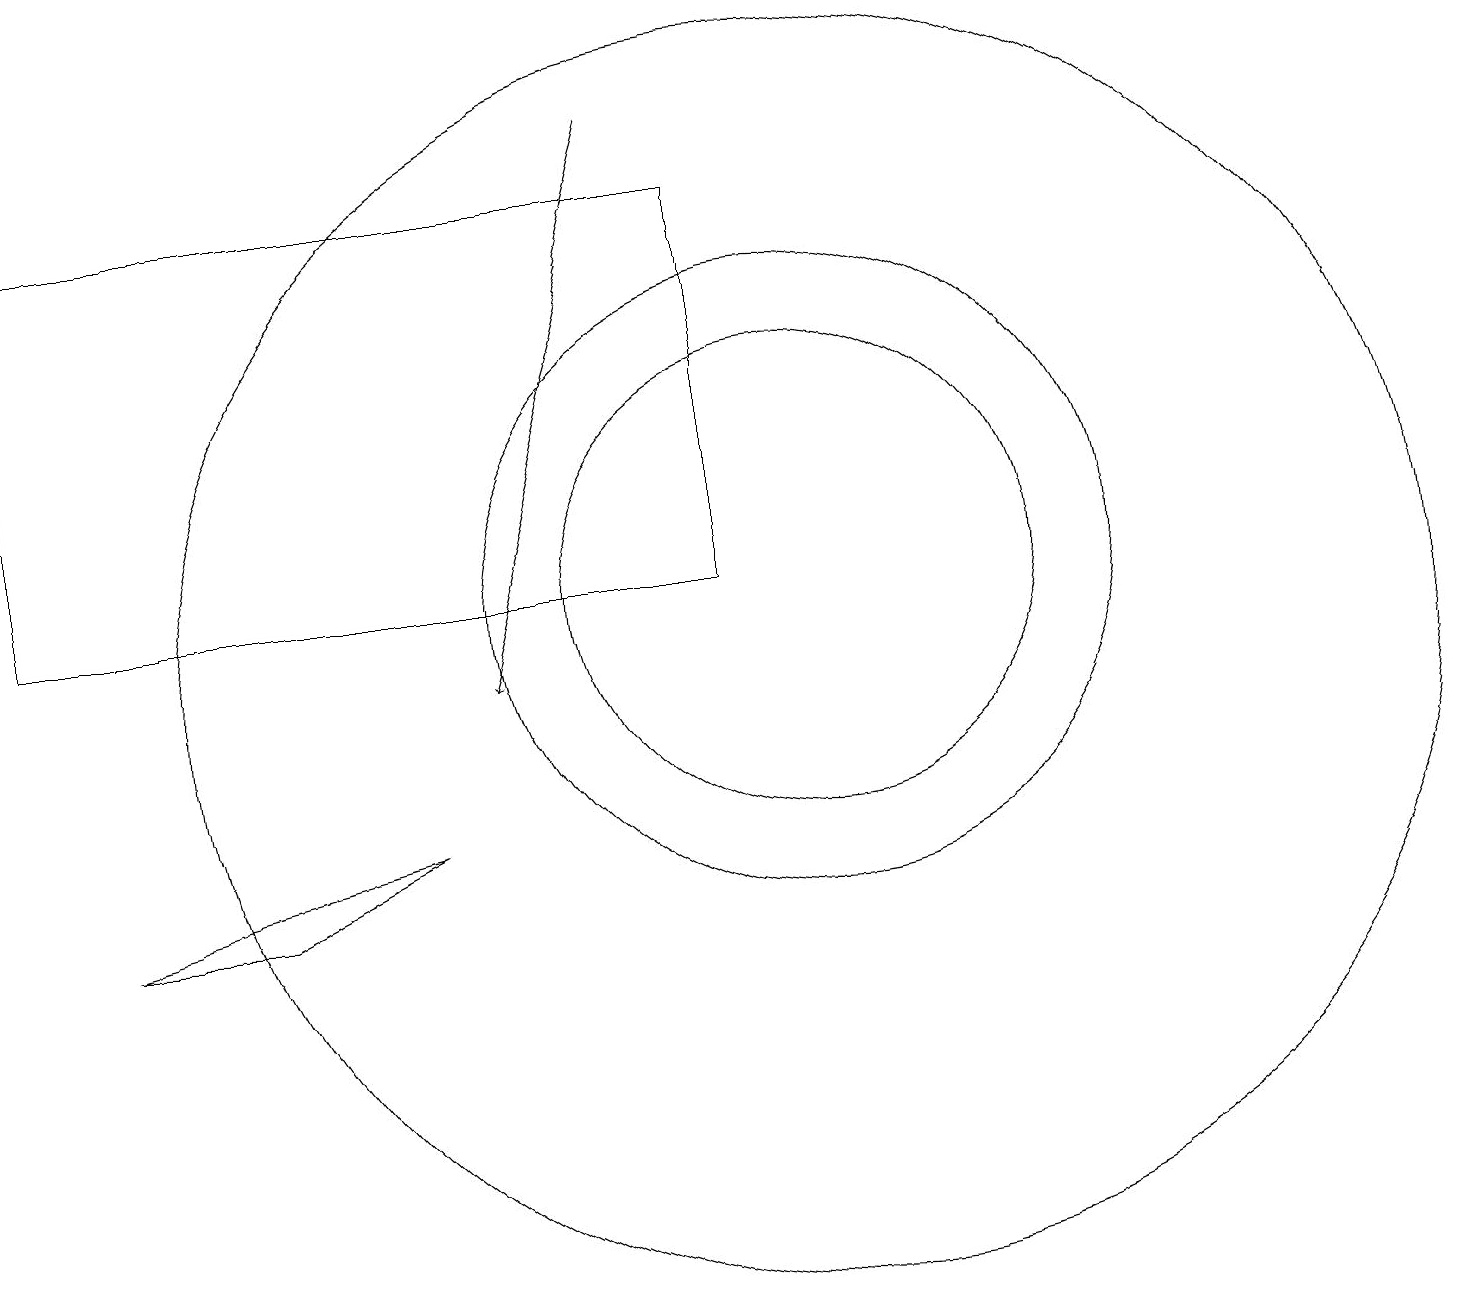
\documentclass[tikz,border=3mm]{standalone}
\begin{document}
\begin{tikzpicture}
\draw (0,16) rectangle (9,11);
\draw (10,11) circle (3);
\draw (10,11) circle (4);
\draw (10,10) circle (8);
\draw[->] (8,17) -- (6,10);
\draw (5,8) -- (1,7) -- (3,7) -- cycle;
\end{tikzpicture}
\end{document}